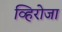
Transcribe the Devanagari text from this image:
व्हिरोजा